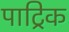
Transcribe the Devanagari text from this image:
पाट्रिक